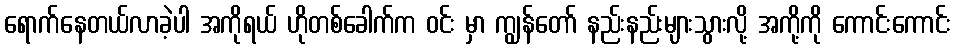
ရောက်နေတယ်လာခဲ့ပါ အကိုရယ် ဟိုတစ်ခေါက်က ဝင်း မှာ ကျွန်တော် နည်းနည်းများသွားလို့ အကို့ကို ကောင်းကောင်း